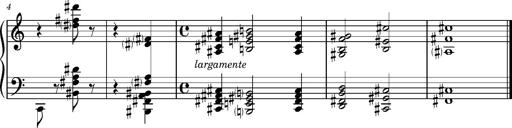
Title: Album-Leaf 'Paris Preludio', S.164j
Composer: Franz Liszt
Key: F-sharp major